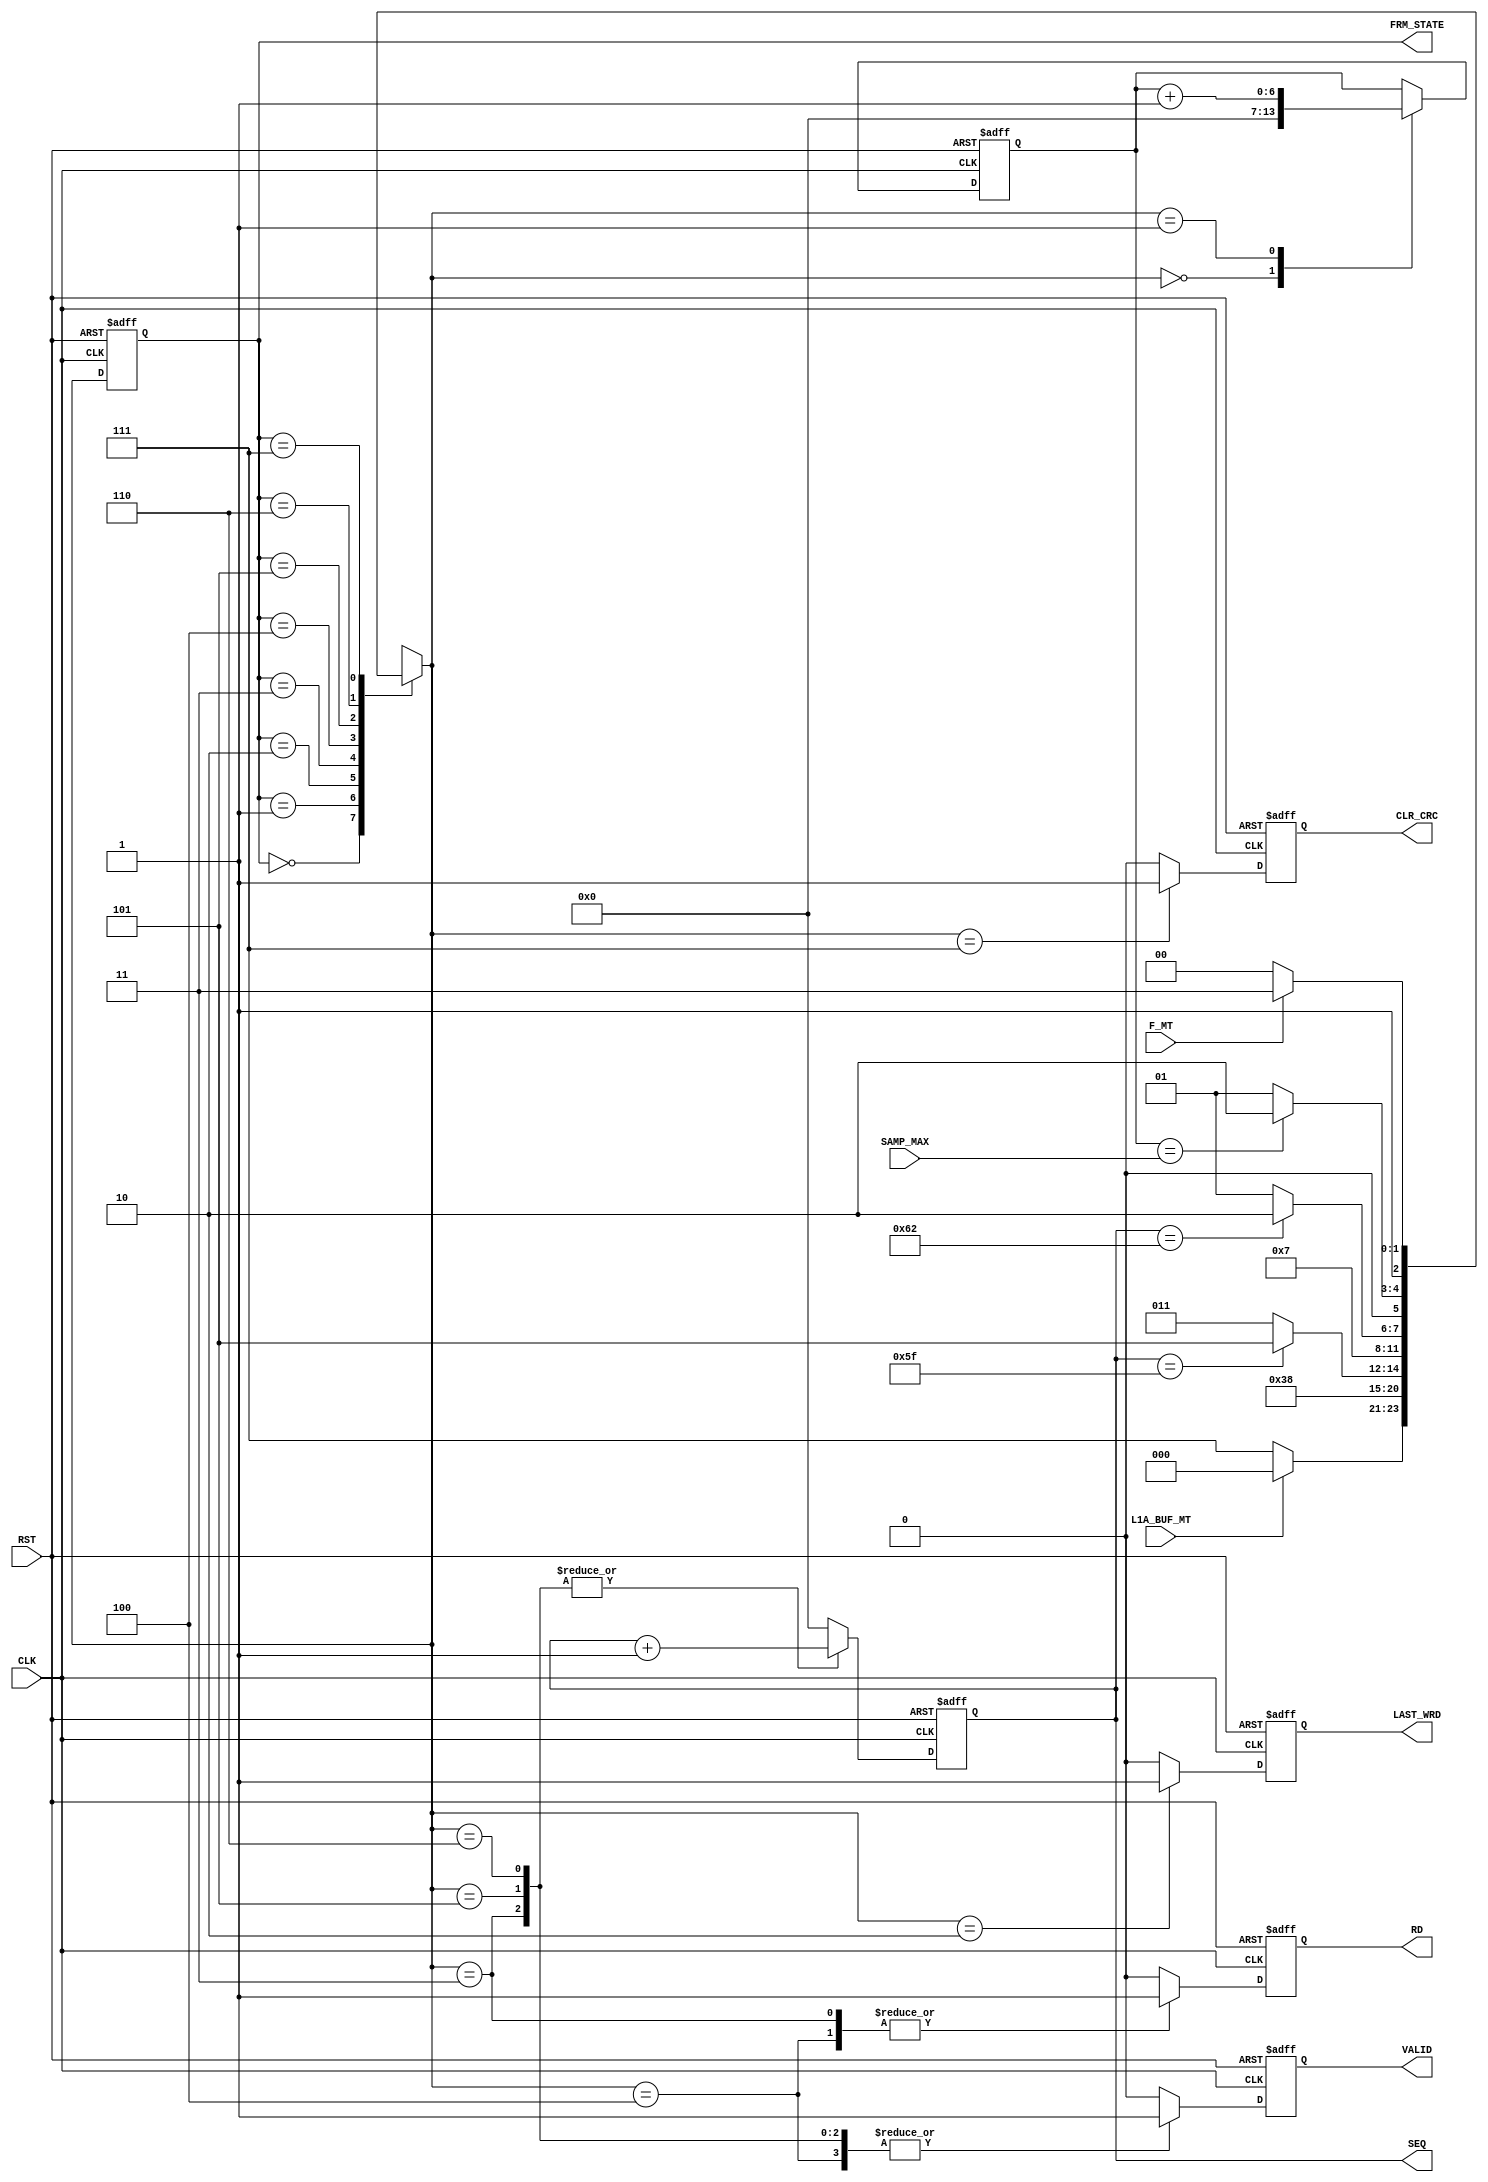

// Created by fizzim_tmr.pl version $Revision: 4.44 on 2021:03:08 at 16:51:24 (www.fizzim.com)

module ChnLnk_Frame_SampMax_FSM (
  output reg CLR_CRC,
  output reg LAST_WRD,
  output reg RD,
  output reg [6:0] SEQ,
  output reg VALID,
  output wire [2:0] FRM_STATE,
  input CLK,
  input F_MT,
  input L1A_BUF_MT,
  input RST,
  input wire [6:0] SAMP_MAX 
);

  // state bits
  parameter 
  Idle        = 3'b000, 
  Inc_Samp    = 3'b001, 
  Last_Word   = 3'b010, 
  Read        = 3'b011, 
  Strt_Sample = 3'b100, 
  Tail        = 3'b101, 
  Tail_End    = 3'b110, 
  W4Data      = 3'b111; 

  reg [2:0] state;

  assign FRM_STATE = state;

  reg [2:0] nextstate;


  reg [6:0] seqn;
  reg [6:0] smp;

  // comb always block
  always @* begin
    nextstate = 3'bxxx; // default to x because default_state_is_x is set
    SEQ = seqn; // default
    case (state)
      Idle       : if (!L1A_BUF_MT)      nextstate = W4Data;
                   else                  nextstate = Idle;
      Inc_Samp   :                       nextstate = W4Data;
      Last_Word  :                       nextstate = Idle;
      Read       : if (seqn == 7'd95)    nextstate = Tail;
                   else                  nextstate = Read;
      Strt_Sample:                       nextstate = Read;
      Tail       : if (seqn == 7'd98)    nextstate = Tail_End;
                   else                  nextstate = Tail;
      Tail_End   : if (smp == SAMP_MAX)  nextstate = Last_Word;
                   else                  nextstate = Inc_Samp;
      W4Data     : if (!F_MT)            nextstate = Strt_Sample;
                   else                  nextstate = W4Data;
    endcase
  end

  // Assign reg'd outputs to state bits

  // sequential always block
  always @(posedge CLK or posedge RST) begin
    if (RST)
      state <= Idle;
    else
      state <= nextstate;
  end

  // datapath sequential always block
  always @(posedge CLK or posedge RST) begin
    if (RST) begin
      CLR_CRC <= 0;
      LAST_WRD <= 0;
      RD <= 0;
      VALID <= 0;
      seqn <= 7'h00;
      smp <= 7'h00;
    end
    else begin
      CLR_CRC <= 0; // default
      LAST_WRD <= 0; // default
      RD <= 0; // default
      VALID <= 0; // default
      seqn <= 7'h00; // default
      smp <= smp; // default
      case (nextstate)
        Idle       :        smp <= 7'h00;
        Inc_Samp   :        smp <= smp + 1;
        Last_Word  :        LAST_WRD <= 1;
        Read       : begin
                            RD <= 1;
                            VALID <= 1;
                            seqn <= seqn + 1;
        end
        Strt_Sample: begin
                            RD <= 1;
                            VALID <= 1;
        end
        Tail       : begin
                            VALID <= 1;
                            seqn <= seqn + 1;
        end
        Tail_End   : begin
                            VALID <= 1;
                            seqn <= seqn + 1;
        end
        W4Data     :        CLR_CRC <= 1;
      endcase
    end
  end

  // This code allows you to see state names in simulation
  `ifndef SYNTHESIS
  reg [87:0] statename;
  always @* begin
    case (state)
      Idle       : statename = "Idle";
      Inc_Samp   : statename = "Inc_Samp";
      Last_Word  : statename = "Last_Word";
      Read       : statename = "Read";
      Strt_Sample: statename = "Strt_Sample";
      Tail       : statename = "Tail";
      Tail_End   : statename = "Tail_End";
      W4Data     : statename = "W4Data";
      default    : statename = "XXXXXXXXXXX";
    endcase
  end
  `endif

endmodule